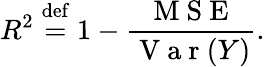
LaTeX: R^{2}\stackrel{\mathrm{def}}{=}1-\frac{\mathrm{~M~S~E~}}{\mathrm{~V~a~r~}(Y)}.